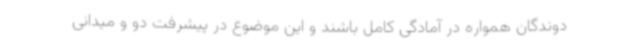
دوندگان همواره در آمادگی کامل باشند و این موضوع در پیشرفت دو و میدانی